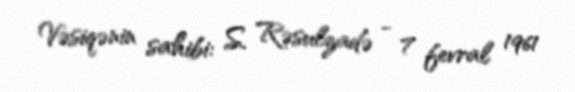
Vəsiqənin sahibi: S. Rəsulzadə - 7 fevral 1961